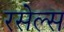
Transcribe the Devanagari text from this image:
रसेल्स